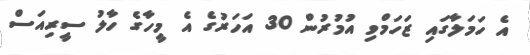
އެ ހަމަލާގައި ޒަހަމްވި އުމުރުން 30 އަހަރުގެ އެ މީހާގެ ހާލު ސީރިއަސް